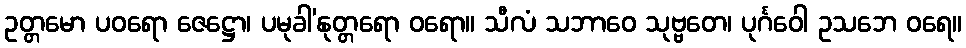
ဥတ္တမော ပဝရော ဇေဋ္ဌော၊ ပမုခါ’နုတ္တရော ဝရော။ သီလံ သဘာဝေ သုဗ္ဗတေ၊ ပုင်္ဂဝေါ ဥသဘေ ဝရေ။